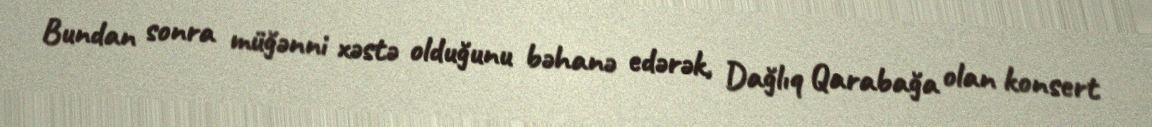
Bundan sonra müğənni xəstə olduğunu bəhanə edərək, Dağlıq Qarabağa olan konsert